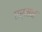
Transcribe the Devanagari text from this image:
एर्मन